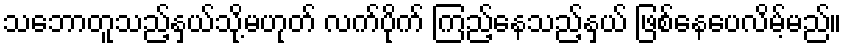
သဘောတူသည့်နှယ်သို့မဟုတ် လက်ပိုက် ကြည့်နေသည့်နှယ် ဖြစ်နေပေလိမ့်မည်။